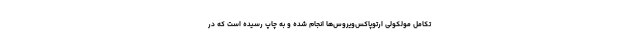
تکامل مولکولی ارتوپاکس‌ویروس‌ها انجام شده و به چاپ رسیده است که در